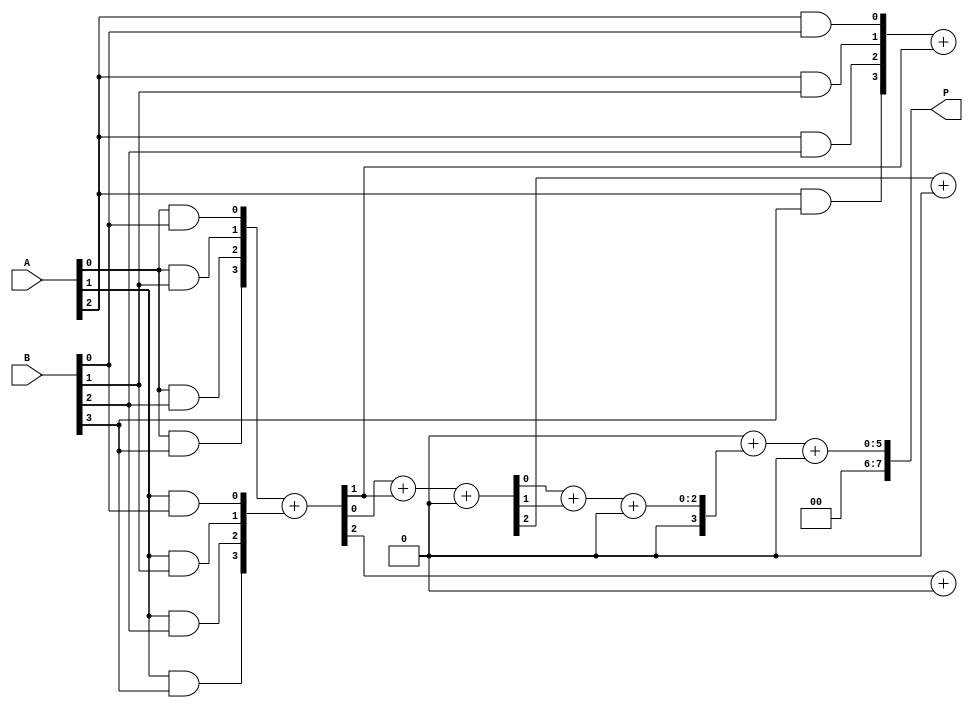
module dadda_multiplier #(parameter n = 4) (
    input [n-1:0] A,
    input [n-1:0] B,
    output reg [2*n-1:0] P
);

    // Partial product generation
    wire [n-1:0] pp [n-1:0]; // Partial products
    genvar i, j;
    generate
        for (i = 0; i < n; i = i + 1) begin : pp_gen
            for (j = 0; j < n; j = j + 1) begin : pp_bit
                assign pp[i][j] = A[i] & B[j];
            end
        end
    endgenerate

    // Reduction tree
    wire [n-1:0] sum [n:0]; // Sums at each stage
    wire [n:0] carry [n:0]; // Carries at each stage

    // Stage 1: Initial reduction
    assign sum[0] = {1'b0, pp[0]} + {1'b0, pp[1]};
    assign carry[0] = 0;

    generate
        for (i = 2; i < n; i = i + 1) begin : reduction_stage1
            assign {carry[0][i], sum[0][i]} = pp[i] + sum[0][i-1];
        end
    endgenerate

    // Stage 2: Further reduction
    assign sum[1] = {1'b0, sum[0][0]} + {1'b0, sum[0][1]} + {1'b0, carry[0][1]};
    assign carry[1] = 0;

    generate
        for (i = 2; i < n; i = i + 1) begin : reduction_stage2
            assign {carry[1][i], sum[1][i]} = sum[0][i] + carry[0][i];
        end
    endgenerate

    // Stage 3: Final reduction
    assign sum[2] = {1'b0, sum[1][0]} + {1'b0, sum[1][1]} + {1'b0, carry[1][1]};
    assign carry[2] = 0;

    generate
        for (i = 2; i < n; i = i + 1) begin : reduction_stage3
            assign {carry[2][i], sum[2][i]} = sum[1][i] + carry[1][i];
        end
    endgenerate

    // Final summation
    always @(*) begin
        P = 0;
        P = P + sum[2] + {carry[2], 1'b0}; // Adjust for carry
    end

endmodule